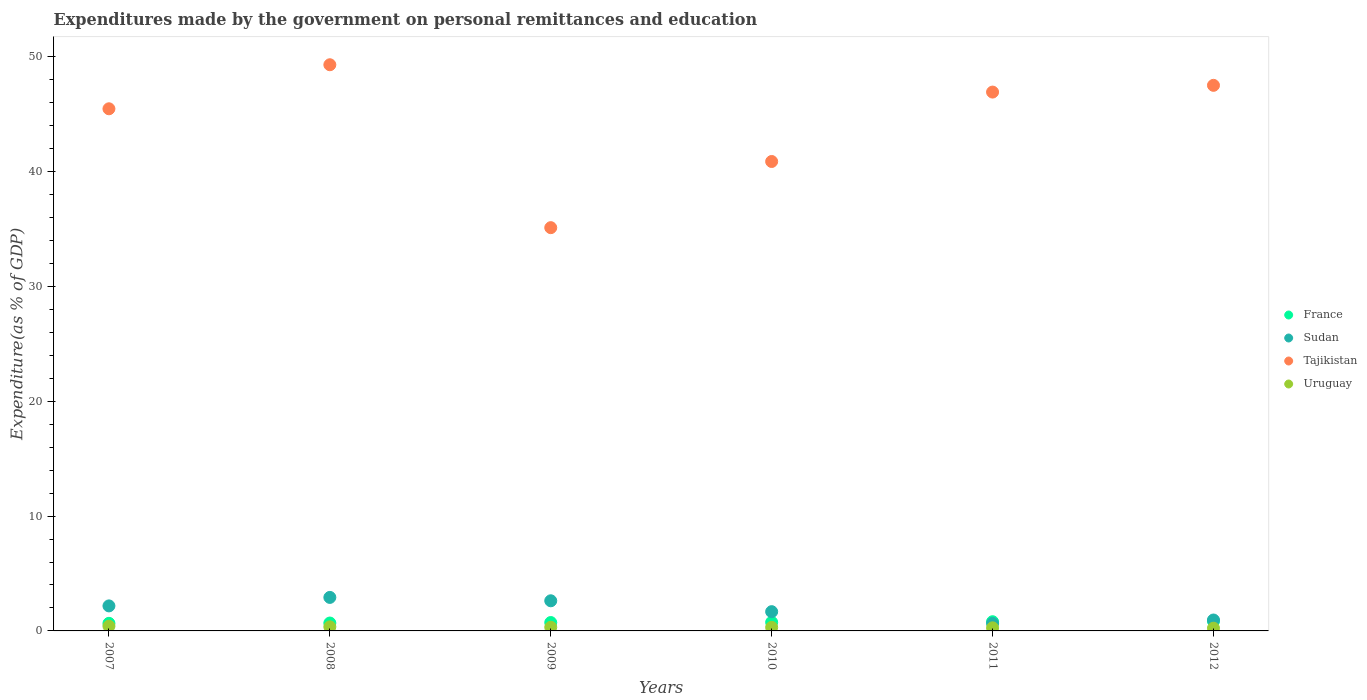
| Years | France | Sudan | Tajikistan | Uruguay |
 | --- | --- | --- | --- | --- |
 | 2007 | 0.66 | 2.18 | 45.5 | 0.412 |
 | 2008 | 0.687 | 2.92 | 49.3 | 0.355 |
 | 2009 | 0.729 | 2.62 | 35.1 | 0.319 |
 | 2010 | 0.752 | 1.68 | 40.9 | 0.31 |
 | 2011 | 0.801 | 0.656 | 46.9 | 0.269 |
 | 2012 | 0.846 | 0.95 | 47.5 | 0.237 |